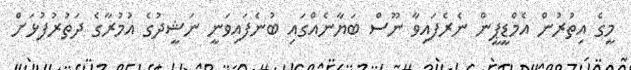
މީގެ އިތުރުން އެމްޑީޕީން ނެރެފައިވާ ނޫސް ބަޔާނެއްގައި ބުނެފައިވަނީ ނަޝީދުގެ އުމުރާގެ ދަތުރުފުޅަށް